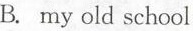
B. my old school